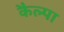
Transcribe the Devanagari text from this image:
कैल्पा